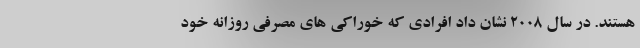
هستند. در سال 2008 نشان داد افرادی که خوراکی های مصرفی روزانه خود